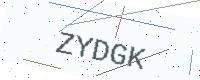
Text: ZYDGK